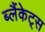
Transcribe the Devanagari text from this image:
ब्लैंकेट्स